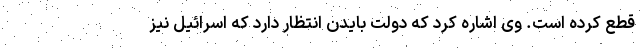
قطع کرده است. وی اشاره کرد که دولت بایدن انتظار دارد که اسرائیل نیز